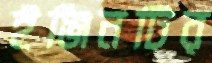
ইঞ্জিনটির